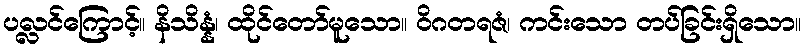
ပလ္လင်ကြောင့်။ နိသိန္နံ၊ ထိုင်တော်မူသော။ ဝိဂတရဇံ၊ ကင်းသော တပ်ခြင်းရှိသော။